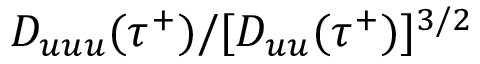
D _ { u u u } ( \tau ^ { + } ) / [ D _ { u u } ( \tau ^ { + } ) ] ^ { 3 / 2 }